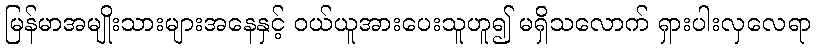
မြန်မာအမျိုးသားများအနေနှင့် ဝယ်ယူအားပေးသူဟူ၍ မရှိသလောက် ရှားပါးလှလေရာ